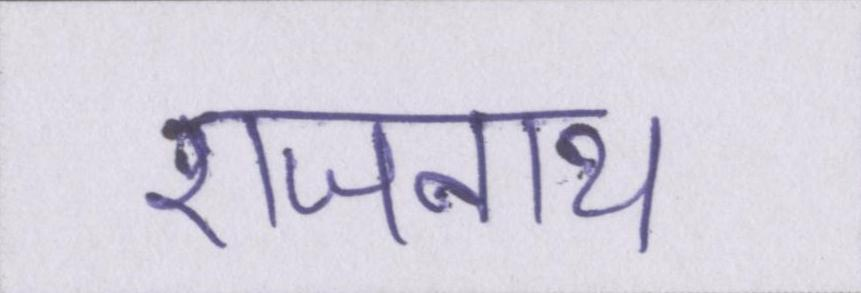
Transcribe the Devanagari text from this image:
राजनाथ